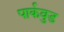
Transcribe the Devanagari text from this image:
पार्कवुड